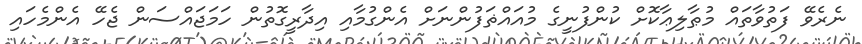
ނެރެވޭ ފަތުވާތައް މުޠާލިޢާކޮށް ކުންފުނީގެ މުއައްޡަފުންނަށް އެންގުމާއި އިދާރީގޮތުން ހަމަޖައްސަން ޖެހޭ އެންމެހައި